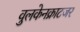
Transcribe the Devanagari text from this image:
वुलकेनक्राटजर